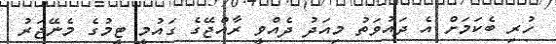
ހުރި ބެކަމަށް އެ ދައުވަތު މިއަދު ދެއްވީ ރާއްޖޭގެ ގައުމީ ޓީމުގެ މެނޭޖަރު